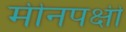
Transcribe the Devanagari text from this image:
मीनपक्षी